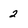
Character: 2